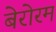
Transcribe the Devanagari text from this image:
बेरोरम